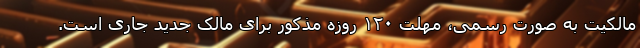
مالکیت به صورت رسمی، مهلت ۱۲۰ روزه مذکور برای مالک جدید جاری است.